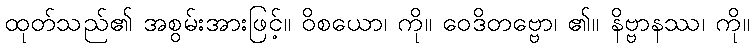
ထုတ်သည်၏ အစွမ်းအားဖြင့်။ ဝိစယော၊ ကို။ ဝေဒိတဗ္ဗော၊ ၏။ နိဗ္ဗာနဿ၊ ကို။